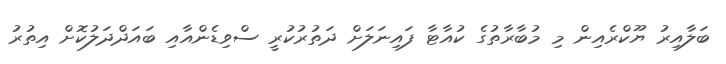
ބަލާއިރު ޔޫކްރެއިން މި މުބާރާތުގެ ކުއާޓާ ފައިނަލަށް ދަތުރުކުރީ ސްވިޑެންއާއި ބައަދްދަލުކޮށް އިތުރު